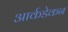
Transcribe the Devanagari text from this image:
आर्कडेकन